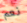
نعم